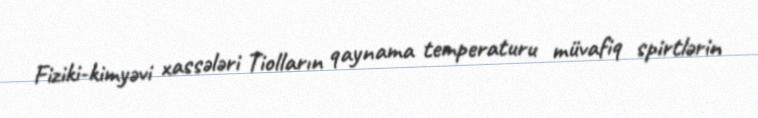
Fiziki-kimyəvi xassələri Tiolların qaynama temperaturu müvafiq spirtlərin